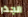
الجذر